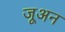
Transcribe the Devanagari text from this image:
जूअन